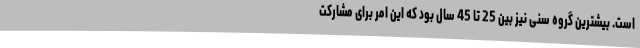
است. بیشترین گروه سنی نیز بین 25 تا 45 سال بود که این امر برای مشارکت